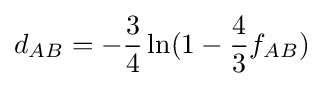
d_{AB}=-{\frac {3}{4}}\ln(1-{\frac {4}{3}}f_{AB})